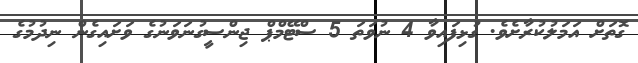
ގޮތަށް އަމަލުކުރާށެވެ. ގުޅިފައިވާ 4 ނުވަތަ 5 ސްޓޭމްޕް ޖިންސީގުނަވަނުގެ ވަށައިގެން ނިދުމުގެ